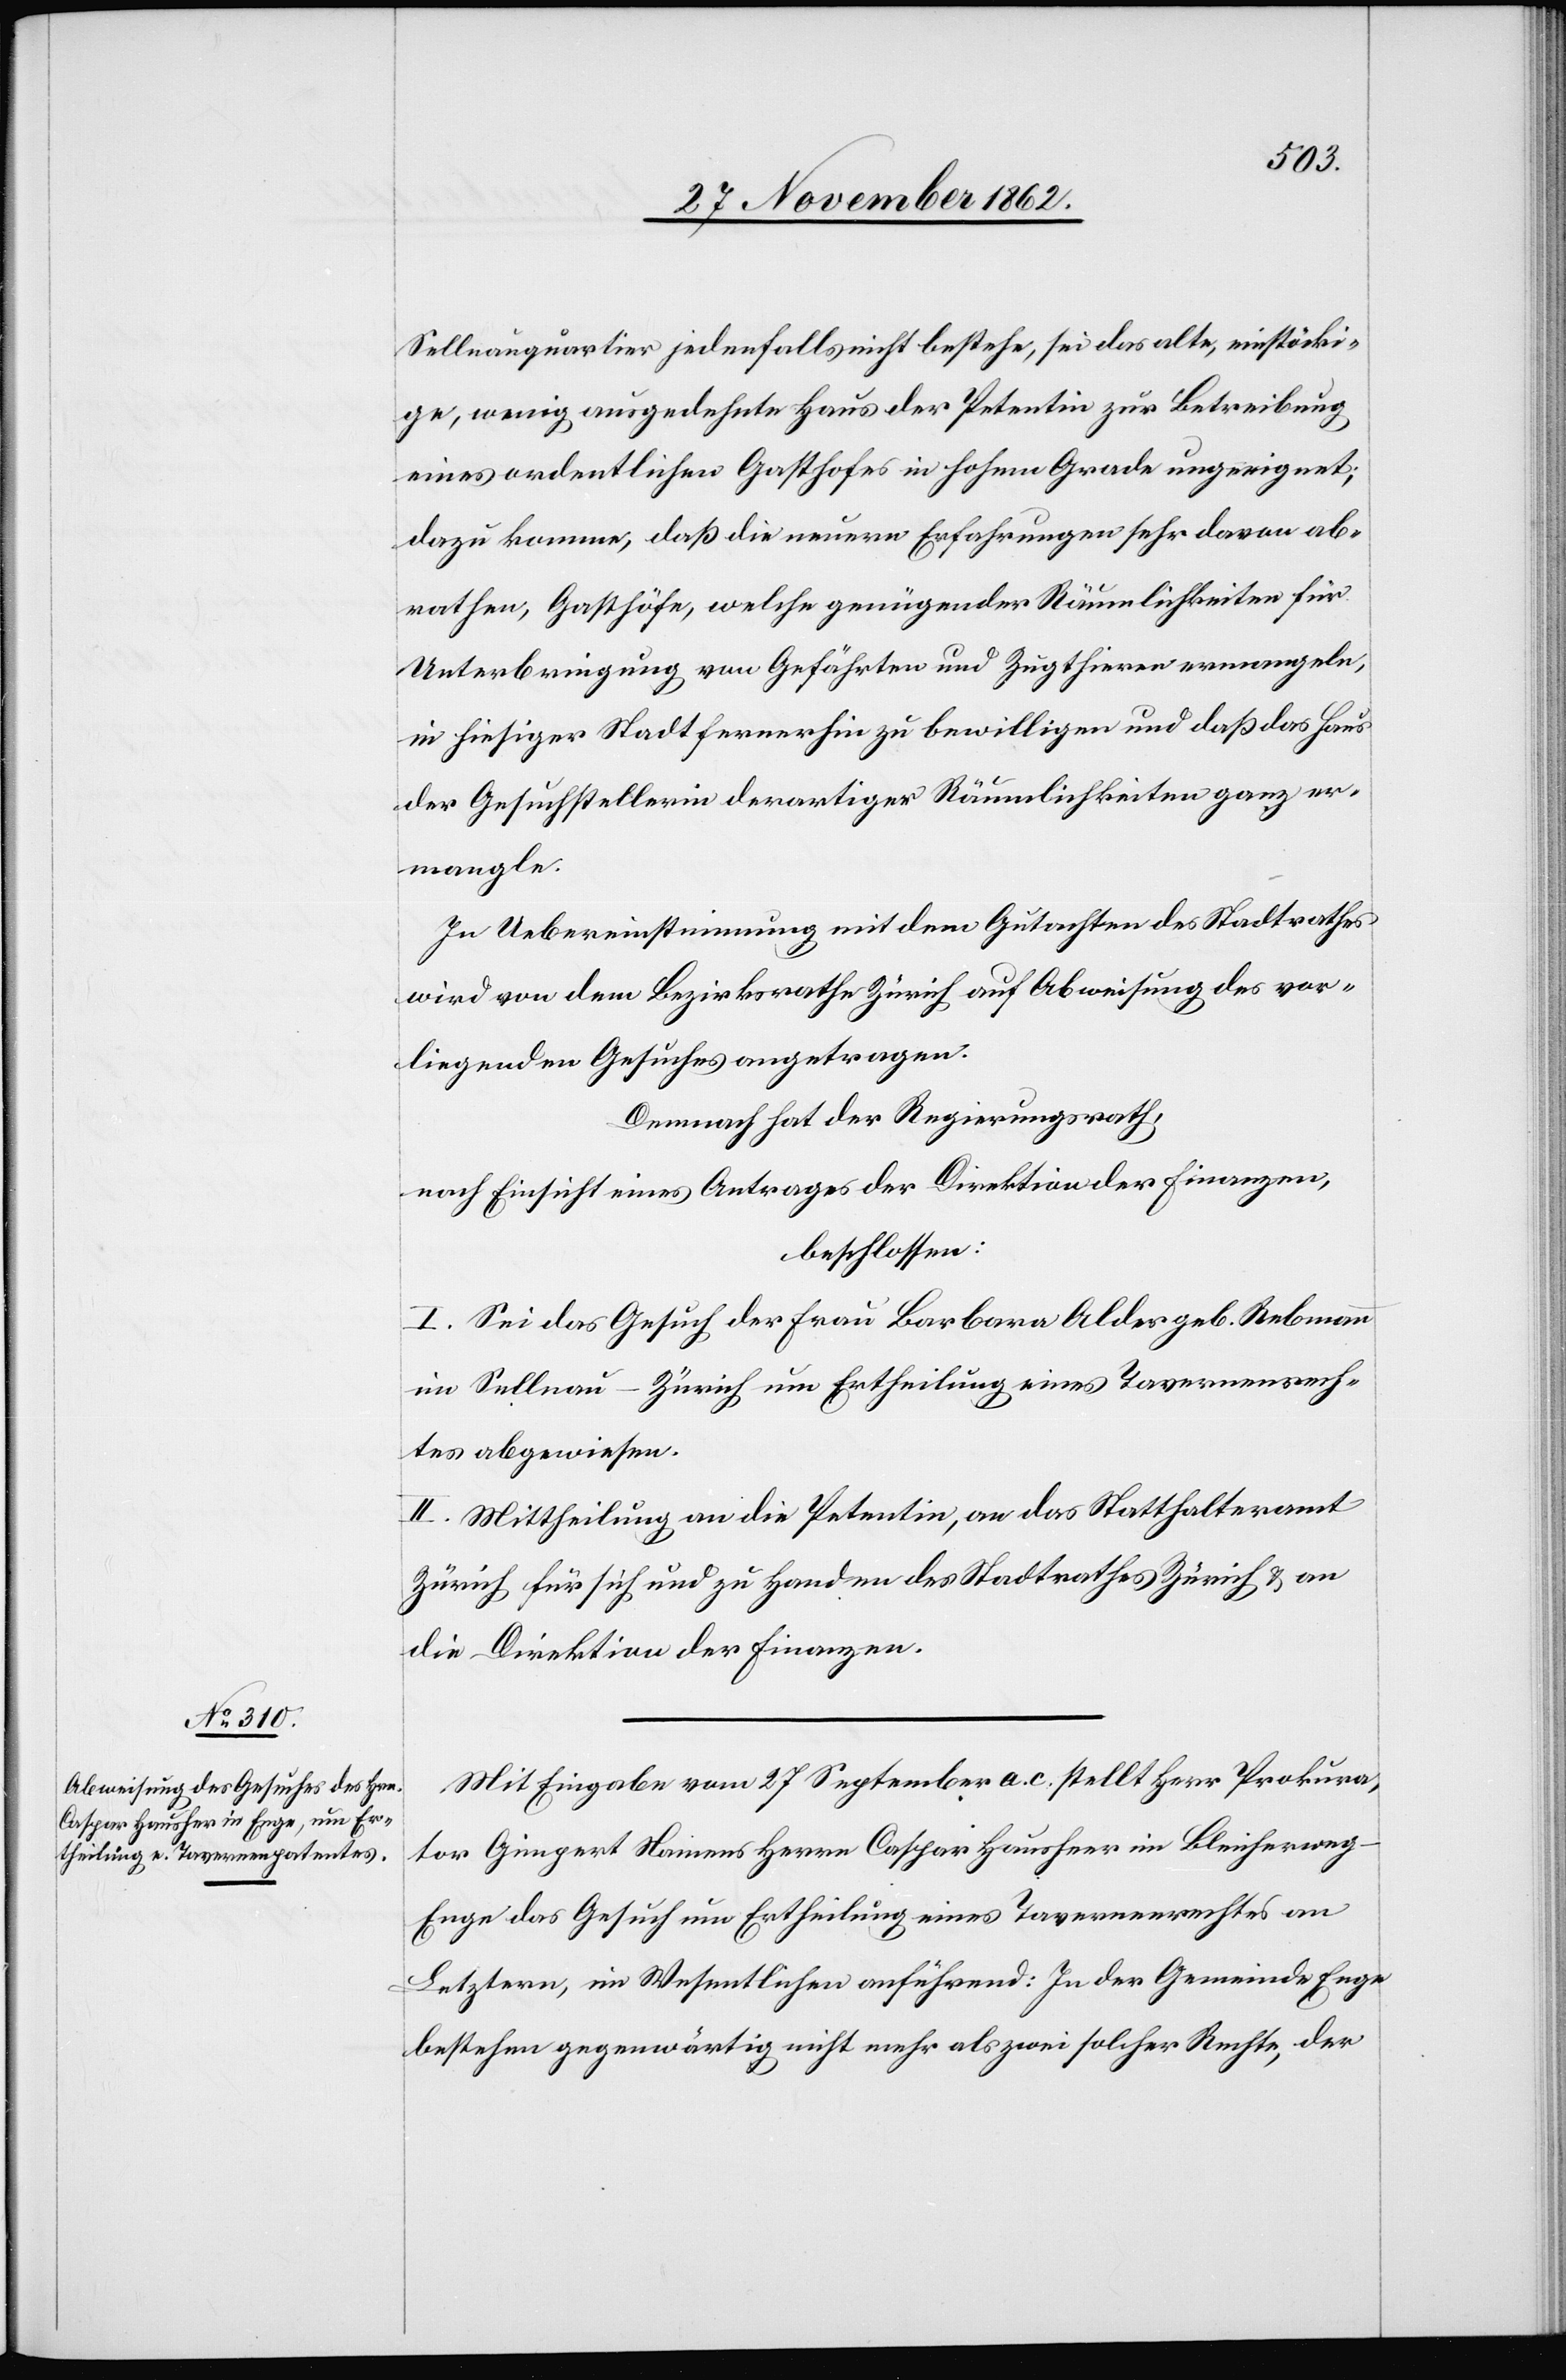
Sellnauquartier jedenfalls nicht bestehen, sei das alte, einstöcki¬
ge, wenig ausgedehnte Haus der Petentin zur Betreibung
eines ordentlichen Gashofes in hohem Grade ungeeignet;
dazu komme, daß die neuern Erfahrungen sehr davon ab¬
rathen, Gasthöfe, welche genügender Räumlichkeiten für
Unterbringung von Gefährten und Zugthieren ermangeln,
in hiesiger Stadt fernerhin zu bewilligen und daß das Haus
der Gesuchstellerin derartiger Räumlichkeiten ganz er¬
mangle.
In Uebereinkunft mit dem Gutachten des Stadtrathes
wird von dem Bezirksrathe Zürich auf Beweisung des vor¬
liegenden Gesuches angetragen.
Demnach hat der Regierungsrath,
nach Einsicht eines Antrages der Direktion der Finanzen,
beschlossen:
I. Sei das Gesuch der Frau Barbara Alder geb. Rebmann
im Sellnau-Zürich um Ertheilung eines Tavernenrech¬
tes abgewiesen.
II. Mittheilung an die Petentin, an das Statthalteramt
Zürich für sich und zu Handen des Stadtrathes Zürich u. an
die Direktion der Finanzen.
Mit Eingabe vom 27. September a. c stellt Herr Prokura¬
tor Gimpert Namens Herrn Caspar Hausheer im Bleicherweg-E¬
nge das Gesuch um Ertheilung eines Tavernenrechtes an
Letztern, im Wesentlichen anführend: In der Gemeinde Enge
bestehen gegenwärtig nicht mehr als zwei solcher Rechte, der